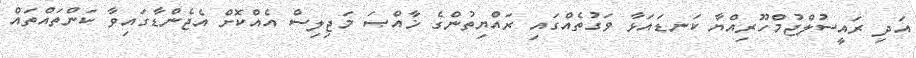
އަދި ރައީސުލްޖުމްހޫރިއްޔާ ކަނޑައަޅާ ވަގުތެއްގައި ރައްޔިތުންގެ ޚާއްޞަ މަޖިލިސް އެއްކޮށް އެޖެންޑާގައިވާ ކަންތައްތައް